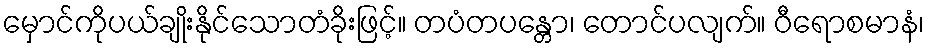
မှောင်ကိုပယ်ချိုးနိုင်သောတံခိုးဖြင့်။ တပံတပန္တော၊ တောင်ပလျက်။ ဝီရောစမာနံ၊